Report of the Municipal Commissioner on the plague in Bombay for the year ending 31st May... - Volume 2
Disease focus: Plague
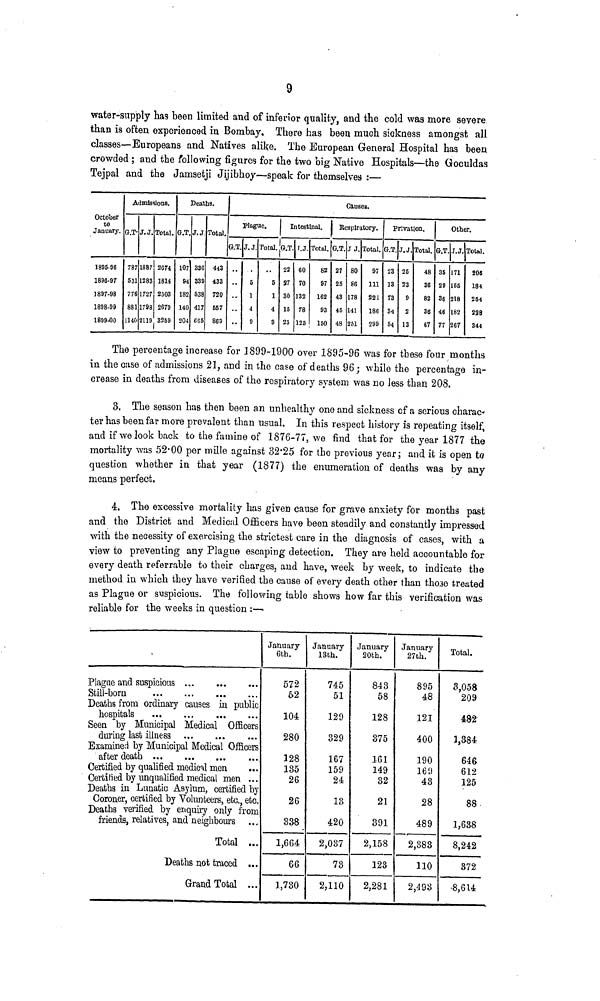
9
water-supply ha3 been limited and of inferior quality, and the cold was more severe
than is often experienced in Bombay. There has been much sickness amongst all
classes—Europeans and Natives alike. The European General Hospital has been,
crowded ; and the following figures for the two big Native Hospitals—the Goculdas
Tejpal and the Jamsetji Jijibhoy—speak for themselves :—
October
to
January.
1895-96
1896-97
1897-98
1898-99
1899-00
Admissions.
G.T-
787
531
776
881
1140
J.J.
1887
1283
1727
1798
2U9
Total.
2074
1814
2503
2679
3259
Deaths.
G.T.
107
94
182
140
204
J.J.
336
339
538
417
665
Total,
443
433
720
557
869
Causes.
plague.
G.T.
..
..
J.J.
.
5
1
4
9
Total.
5
1
4
9
Intestinal.
G.T.
22
37
30
18
25
F.J.
60
70
132
78
125
Total.
82
97
162
93
150
Respiratory.
G.T.
27
25
43
45
48
J J.
80
86
178
141
261
Total.
97
111
221
186
299
Privation.
G.T.
23
13
73
34
54
J.J.
25
23
9
2
13
Total.
48
36
82
36
67
Other.
G.T.
35
29
36
46
77
J.J.
171
155
218
182
267
Totel.
208
184
254
228
344
The percentage increase for 1899-1900 over 1895-96 was for these four months
in the case of admissions 21, and in the case of deaths 96; while the percentage in-
crease in deaths from diseases of the respiratory system was no less than 208.
3. The season has then been an unhealthy one and sickness of a serious charac"
ter has been far more prevalent than usual. In this respect history is repeating itself,
and if we look back to the famine of 1876-77, we find that for the year 1877 the
mortality was 52-00 per mille against 32*25 for the previous year; and it is open to
question whether in that year (1877) the enumeration of deaths was by any
means perfect.
4. The excessive mortality has given cause for grave anxiety for months past
and the District and Medicul Officers have been steadily and constantly impressed
with the necessity of exercising the strictest care in the diagnosis of cases, with a
view to preventing any Plague escaping detection. They are held accountable for
every death referrable to their charges, and have, week by week, to indicate the
method in which they have verified the cause of every death other than those treated
as Plague or suspicious. The following table shows how far this verification was
reliable for the weeks in question :—
Plague and suspicious
Still-born
Deaths from ordinary causes in public
hospitals
Seen by Municipal Medical Officers
during last illness
Examined by Municipal Medical Officers
after death
Certified by qualified medical men
...
Certified by unqualified medical men ...
Deaths in Lunatic Asylum, certified by
Coroner, certified by Volunteers, etc., etc.
Deaths verified by enquiry only from
Mends, relatives, and neighbours
Total ...
Deaths not traced ...
Grand Total ...
January
6th.
572
62
104
280
128
135
26
26
338
1,664
66
1,730
January
13th.
745
51
129
329
167
159
24
13
420
2,037
73
2,110
January
20th.
843
58
128
375
161
149
32
21
391
2,158
123
2,281
January
27th.
895
48
121
400
190
169
43
28
489
2,383
110
2,493
Total.
3,058
209
482
1,384
646
612
125
88
1,638
8,242
872
-8,614